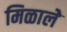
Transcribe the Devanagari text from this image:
मिळालेे